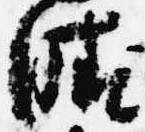
晴